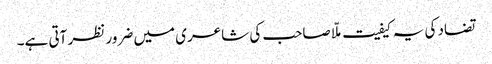
تضاد کی یہ کیفیت ملّا صاحب کی شاعری میں ضرور نظر آتی ہے۔